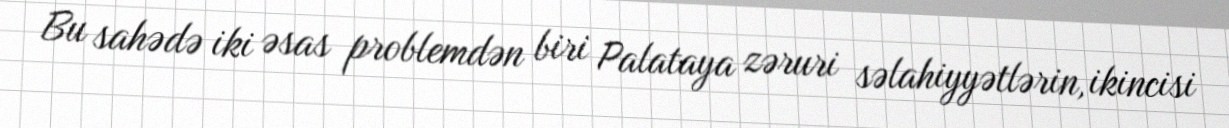
Bu sahədə iki əsas problemdən biri Palataya zəruri səlahiyyətlərin, ikincisi